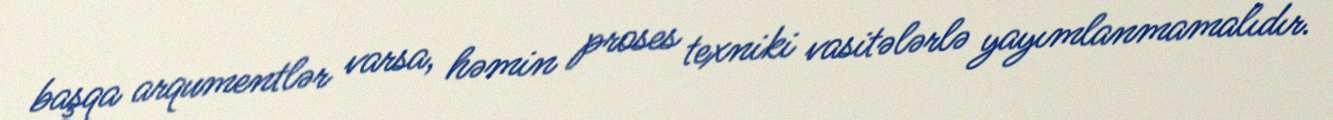
başqa arqumentlər varsa, həmin proses texniki vasitələrlə yayımlanmamalıdır.